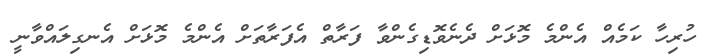
ހުރިހާ ކަމެއް އެންމެ މޮޅަށް ދެނެވޮޑިގެންވާ ފަރާތް އެފަރާތަށް އެންމެ މޮޅަށް އެނގިލައްވާނީ